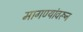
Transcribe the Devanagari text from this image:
मागण्यांवरून